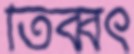
তিব্বৎ